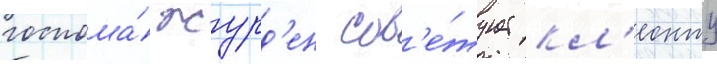
госпожа́ журд'ен сов'е́тует кл'еонту